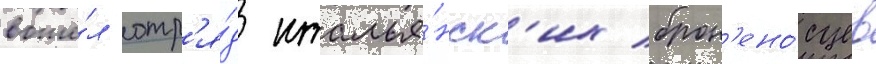
вошё́л отр'я́д италья́нск'их брон'ено́сцев